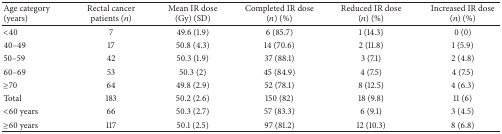
<table><thead><tr><td><b>Age category (years)</b></td><td><b>Rectal cancer patients (<i>n</i>)</b></td><td><b>Mean IR dose (Gy) (SD)</b></td><td><b>Completed IR dose (<i>n</i>) (%)</b></td><td><b>Reduced IR dose (<i>n</i>) (%)</b></td><td><b>Increased IR dose (<i>n</i>) (%)</b></td></tr></thead><tbody><tr><td>&lt;40</td><td>7</td><td>49.6 (1.9)</td><td>6 (85.7)</td><td>1 (14.3)</td><td>0 (0)</td></tr><tr><td>40–49</td><td>17</td><td>50.8 (4.3)</td><td>14 (70.6)</td><td>2 (11.8)</td><td>1 (5.9)</td></tr><tr><td>50–59</td><td>42</td><td>50.3 (1.9)</td><td>37 (88.1)</td><td>3 (7.1)</td><td>2 (4.8)</td></tr><tr><td>60–69</td><td>53</td><td>50.3 (2)</td><td>45 (84.9)</td><td>4 (7.5)</td><td>4 (7.5)</td></tr><tr><td>≥70</td><td>64</td><td>49.8 (2.9)</td><td>52 (78.1)</td><td>8 (12.5)</td><td>4 (6.3)</td></tr><tr><td>Total</td><td>183</td><td>50.2 (2.6)</td><td>150 (82)</td><td>18 (9.8)</td><td>11 (6)</td></tr><tr><td>&lt;60 years</td><td>66</td><td>50.3 (2.7)</td><td>57 (83.3)</td><td>6 (9.1)</td><td>3 (4.5)</td></tr><tr><td>≥60 years</td><td>117</td><td>50.1 (2.5)</td><td>97 (81.2)</td><td>12 (10.3)</td><td>8 (6.8)</td></tr></tbody></table>